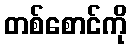
တစ်စောင်ကို